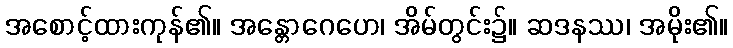
အစောင့်ထားကုန်၏။ အန္တောဂေဟေ၊ အိမ်တွင်း၌။ ဆဒနဿ၊ အမိုး၏။